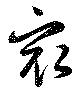
最